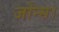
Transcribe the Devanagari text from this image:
जोन्स।